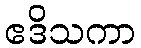
ဧဒိသကာ